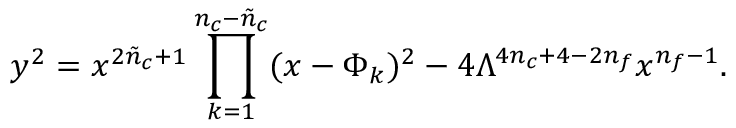
y ^ { 2 } = x ^ { 2 \tilde { n } _ { c } + 1 } \prod _ { k = 1 } ^ { n _ { c } - \tilde { n } _ { c } } ( x - \Phi _ { k } ) ^ { 2 } - 4 \Lambda ^ { 4 n _ { c } + 4 - 2 n _ { f } } x ^ { n _ { f } - 1 } .